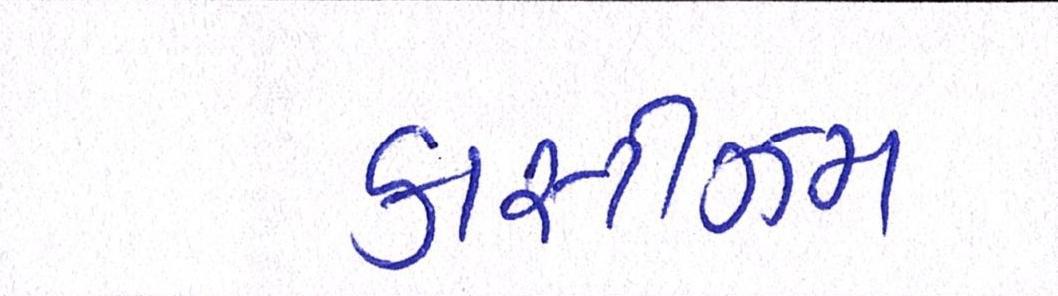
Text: કાસ્ટીઝમ